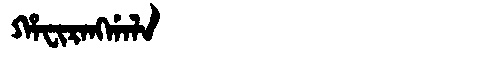
Manchu: ᡥᠠᠸᡳᡵᠠᠩᡤᠠᠯᠠ
Romanization: HAFIRANGGALA